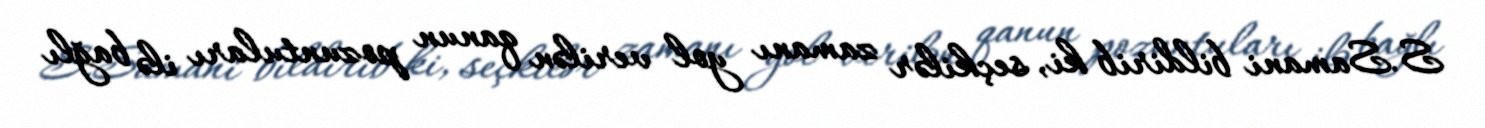
S.Samani bildirib ki, seçkilər zamanı yol verilən qanun pozuntuları ilə bağlı